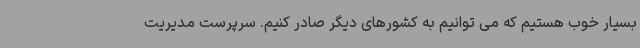
بسیار خوب هستیم که می توانیم به کشورهای دیگر صادر کنیم. سرپرست مدیریت